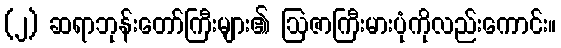
(၂) ဆရာဘုန်းတော်ကြီးများ၏ ဩဇာကြီးမားပုံကိုလည်းကောင်း။